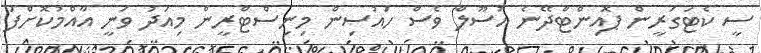
ސީ ކެޓަގަރީން ޕޮއިންޓްދޭނެ އުސޫލް ވެސް ހައުސިން މިނިސްޓްރީން މިއަދު ވަނީ އާއްމުކޮށްފަ